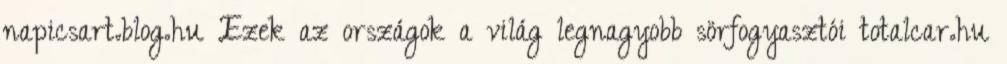
napicsart.blog.hu Ezek az országok a világ legnagyobb sörfogyasztói totalcar.hu